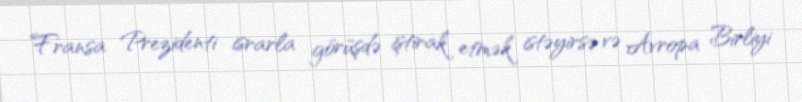
Fransa Prezidenti israrla görüşdə iştirak etmək istəyirsə və Avropa Birliyi